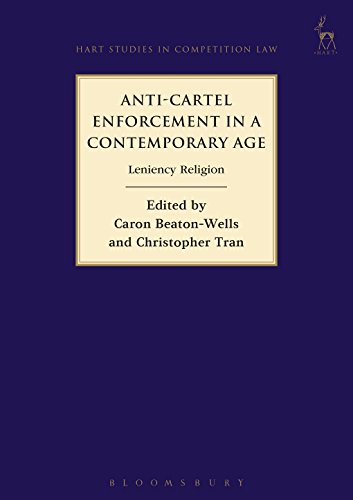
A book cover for Anti-Cartel Enforcement in a Contemporary Age: Leniency Religion (Hart Studies in Competition Law); Law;